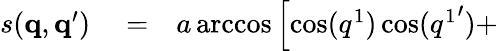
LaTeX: \begin{array}{rlr}{s(\mathbf{q},\mathbf{q}^{\prime})}&{{}=}&{a\operatorname{arccos}\left[\cos(q^{1})\cos({q^{1}}^{\prime})+\right.}\end{array}